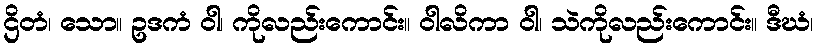
ဌိတံ၊ သော။ ဥဒကံ ဝါ၊ ကိုလည်းကောင်း။ ဝါလိကာ ဝါ၊ သဲကိုလည်းကောင်း။ ဒီဃံ၊